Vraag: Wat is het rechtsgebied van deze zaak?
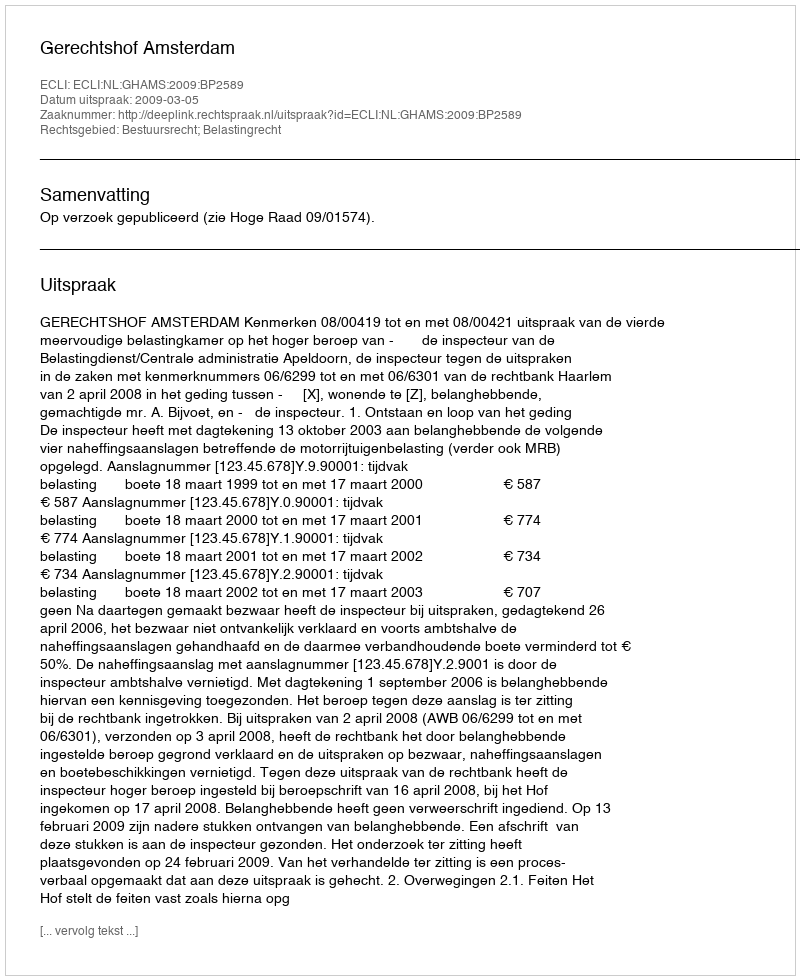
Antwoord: Bestuursrecht; Belastingrecht